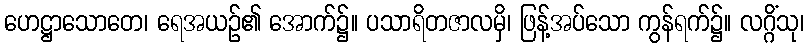
ဟေဋ္ဌာသောတေ၊ ရေအယဉ်၏ အောက်၌။ ပသာရိတဇာလမှိ၊ ဖြန့်အပ်သော ကွန်ရက်၌။ လဂ္ဂိံသု၊